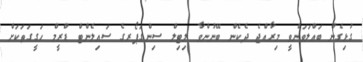
ގުޅިގެން ބައްލަވަންވީ މިރާއްޖެ ދެކެން ބޭނުންވާ ލިޓިލް ސިންގަޕޯރގެ ސައިލެންޓް ޑްރީމް ހަގީގަތަކަށް